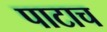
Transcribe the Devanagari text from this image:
पाटाच